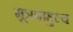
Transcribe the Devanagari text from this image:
मूत्रबाहुल्य